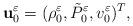
LaTeX: \begin{align*}\textbf{u}^{\varepsilon}_{0}=(\rho^{\varepsilon}_{0}, \tilde{P}^{\varepsilon}_{0}, v^{\varepsilon}_{0})^{T},\end{align*}